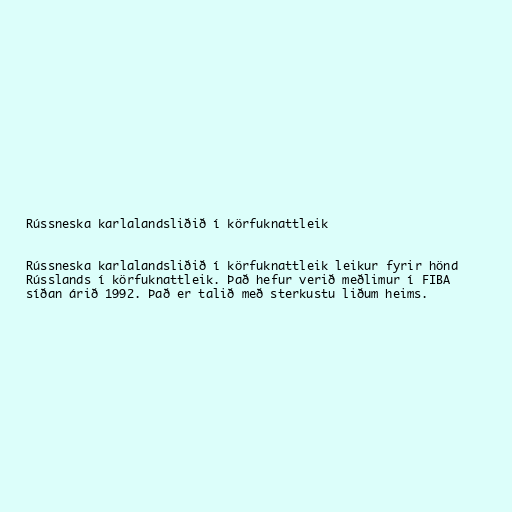
Rússneska karlalandsliðið í körfuknattleik

Rússneska karlalandsliðið í körfuknattleik leikur fyrir hönd
Rússlands í körfuknattleik. Það hefur verið meðlimur í FIBA
síðan árið 1992. Það er talið með sterkustu liðum heims.